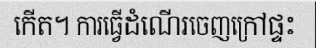
កើត។ ការធ្វើដំណើរចេញក្រៅផ្ទះ